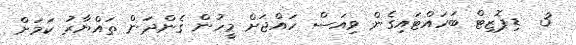
3  ޑިޕޮޒިޓް ބަހައްޓައިގެން ވިއަސް ހައްޖަށް މީހުން ގެންދަން ތައްޔާރު ކަމަށް